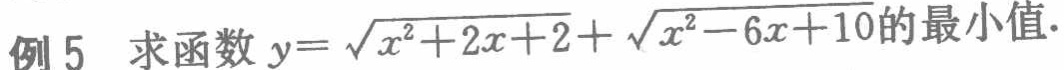
例 5 求函数 \(y = \sqrt{x^{2}+2x + 2}+\sqrt{x^{2}-6x + 10}\)的最小值.